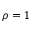
\rho = 1